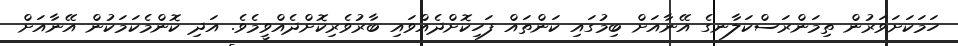
ހަމަކަަށަވަރުން ތިމަންރަސްކަލާނގެ އޭނާއަށް ބިމުގައި ކަންތައް ފަހިކޮށްދެއްވައި ބާރުވެރިކޮށްދެއްވީމެވެ. އަދި ކޮންމެކަމަކުން އޭނާއަށް